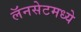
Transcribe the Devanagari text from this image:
लॅनसेटमध्ये